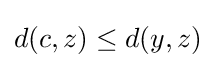
d(c,z)\leq d(y,z)